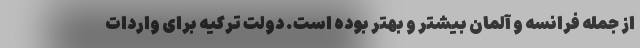
از جمله فرانسه و آلمان بیشتر و بهتر بوده است. دولت ترکیه برای واردات